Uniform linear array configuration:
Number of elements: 4
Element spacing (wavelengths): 0.25
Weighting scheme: blackman
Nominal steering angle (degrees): -15
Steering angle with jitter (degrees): -13.381
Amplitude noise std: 0.05
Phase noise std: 0.05

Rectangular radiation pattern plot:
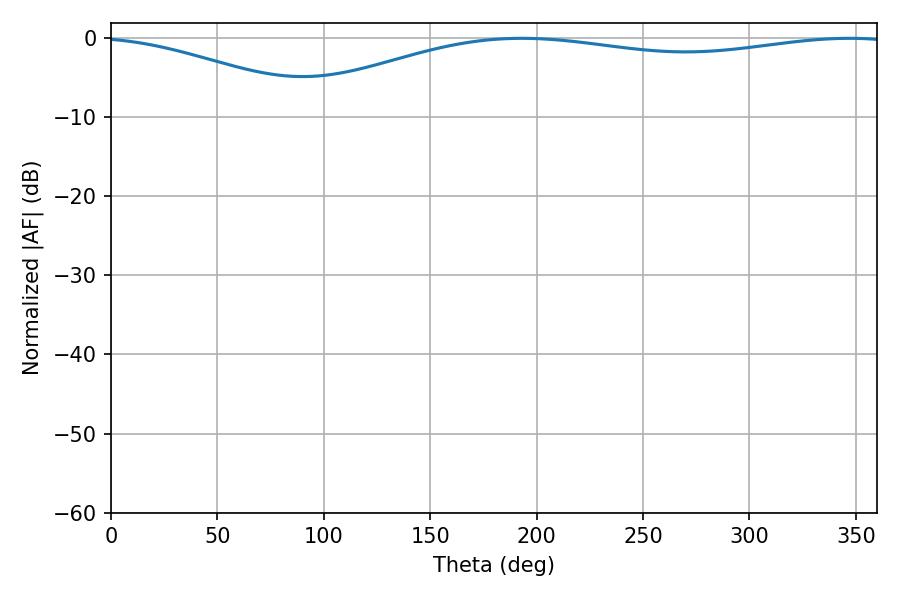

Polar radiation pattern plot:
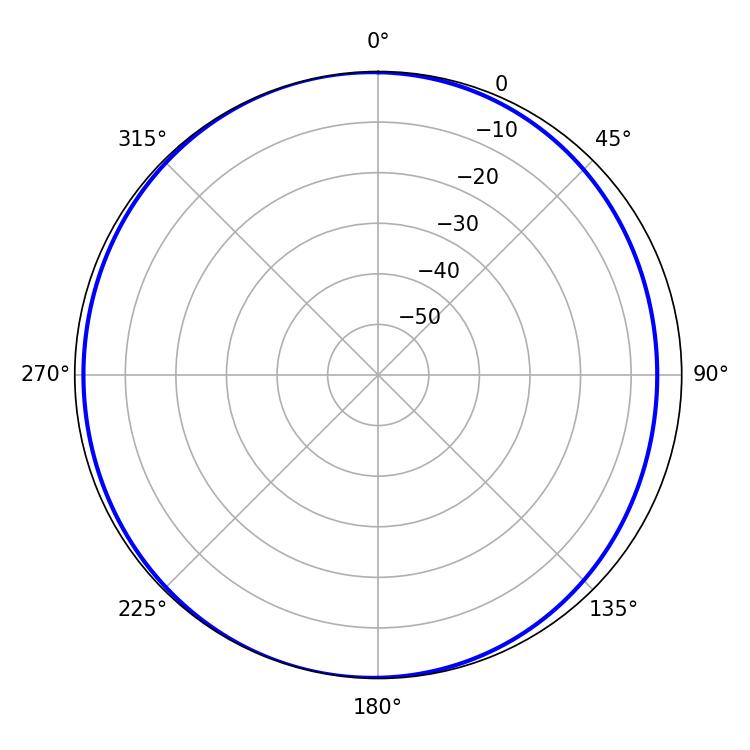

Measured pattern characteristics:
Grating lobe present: FALSE
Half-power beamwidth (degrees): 230.76
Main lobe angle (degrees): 192.96